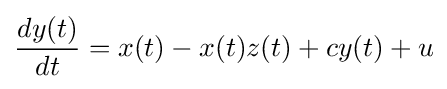
{\frac {dy(t)}{dt}}=x(t)-x(t)z(t)+cy(t)+u